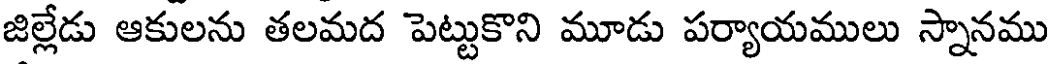
జిల్లేడు ఆకులను తలమద పెట్టుకొని మూడు పర్యాయములు స్నానము